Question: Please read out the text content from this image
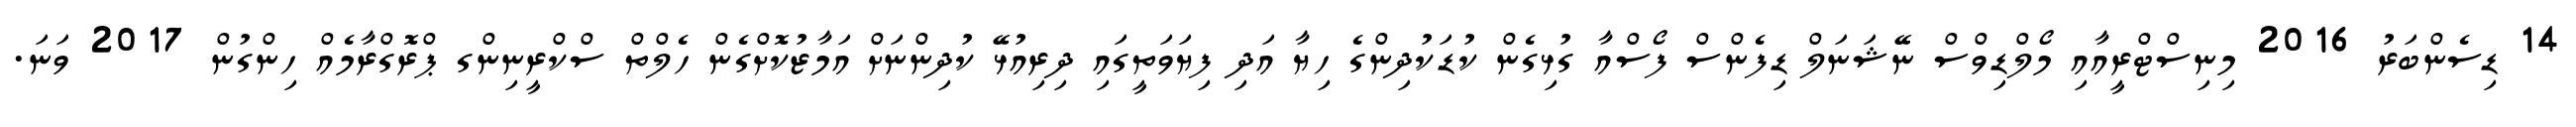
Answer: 14 ޑިސެންބަރު 2016 މިނިސްޓްރީއާއި މޯލްޑިވްސް ނޭޝަނަލް ޑިފެންސް ފޯސްއާ ގުޅިގެން ކުޑަކުދިންގެ ހިޔާ އަދި ފިޔަވަތީގައި ދިރިއުޅޭ ކުދިންނަށް އަމާޒުކޮށްގެން ހެލްތް ސްކްރީނިންގ ޕްރޮގްރާމެއް ހިންގުން 2017 ވަނަ.